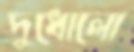
দুধোলো